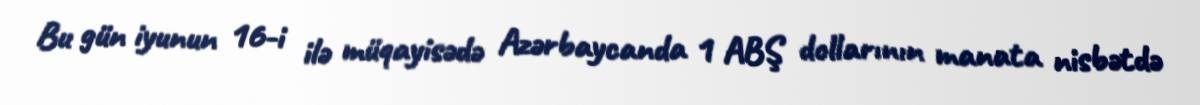
Bu gün iyunun 16-i ilə müqayisədə Azərbaycanda 1 ABŞ dollarının manata nisbətdə